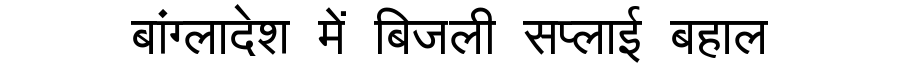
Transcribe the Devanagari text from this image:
बांग्लादेश में बिजली सप्लाई बहाल